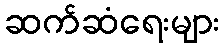
ဆက်ဆံရေးများ